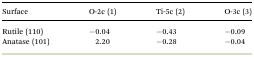
<table><thead><tr><td><b>Surface</b></td><td><b>O-2c (1)</b></td><td><b>Ti-5c (2)</b></td><td><b>O-3c (3)</b></td></tr></thead><tbody><tr><td>Rutile (110)</td><td>–0.04</td><td>–0.43</td><td>–0.09</td></tr><tr><td>Anatase (101)</td><td>2.20</td><td>–0.28</td><td>–0.04</td></tr></tbody></table>